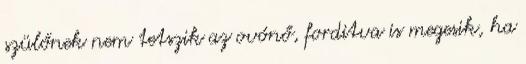
szülőnek nem tetszik az ovónő, forditva is megesik, ha